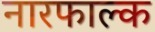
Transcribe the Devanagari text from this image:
नारफाल्क